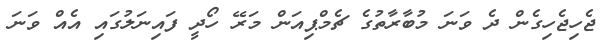
ޖެހިޖެހިގެން ދެ ވަނަ މުބާރާތުގެ ޗެމްޕިއަން މަރޭ ހޯދީ ފައިނަލުގައި އެއް ވަނަ